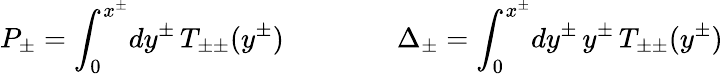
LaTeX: P_{\pm}=\int_{0}^{x^{\pm}}\! dy^{\pm}\, T_{\pm\pm}(y^{\pm})\qquad\qquad\Delta_{\pm}=\int_{0}^{x^{\pm}}\! dy^{\pm}\, y^{\pm}\, T_{\pm\pm}(y^{\pm})